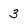
Character: 3